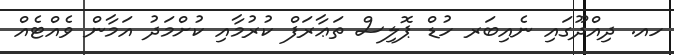
ހއ. ދިއްދޫގައި ނެއިބަރ ހުޑް ޕޮލިސް ތަޢާރަފް ކުރުމާއި ކުށްމަދު އަމާން ވެއްޓެއް